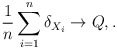
\begin{align*}\frac{1}{n}\sum_{i=1}^n\delta_{X_i} \to Q, . \end{align*}